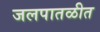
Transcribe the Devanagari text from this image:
जलपातळीत